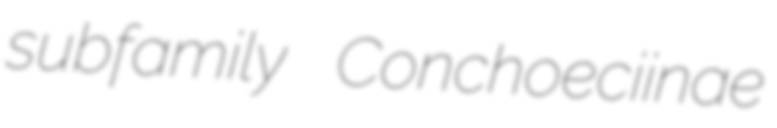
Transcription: subfamily Conchoeciinae